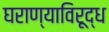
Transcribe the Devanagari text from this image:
घराण्याविरूद्ध